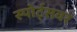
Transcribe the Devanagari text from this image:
स्पोर्ट्सवर